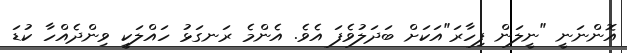
އޮންނަނީ "ނީލަން ފިހާރަ"އަކަށް ބަދަލުވެފަ އެވެ. އެންމެ ރަނގަޅު ހައްލަކީ ވިންދެއްހާ ކުޑަ